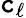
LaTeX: \mathtt{c}_{\ell}